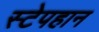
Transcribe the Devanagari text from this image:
स्टेपहान